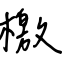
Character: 檄